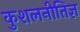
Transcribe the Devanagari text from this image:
कुशलनीतिज्ञ